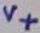
Text: V+